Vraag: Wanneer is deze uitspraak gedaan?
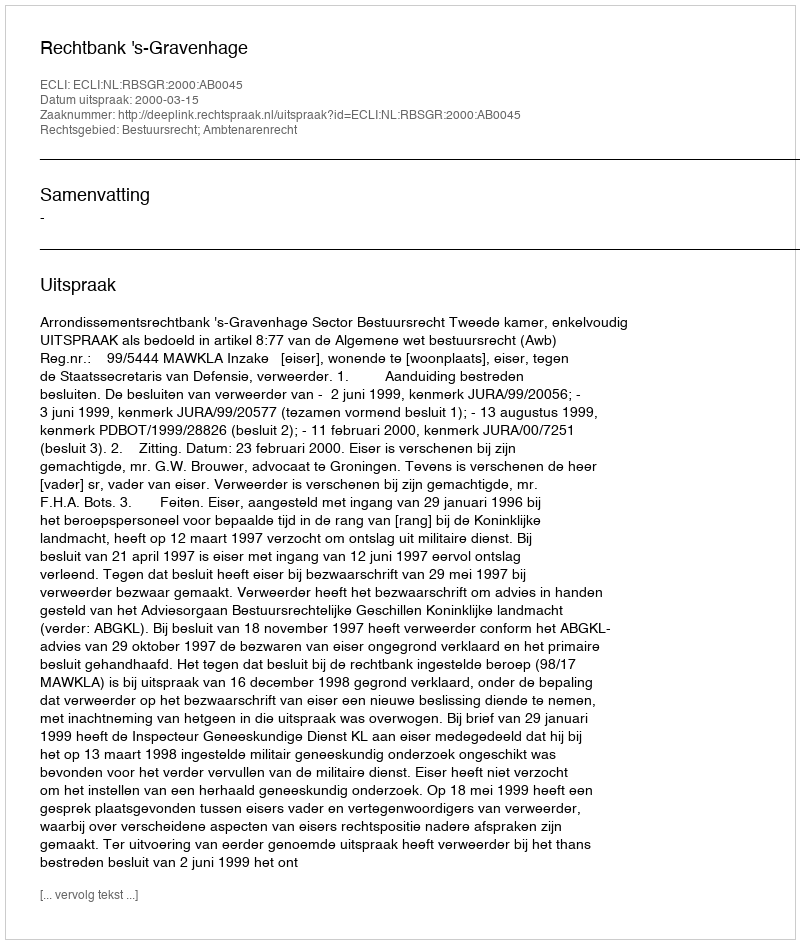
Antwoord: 2000-03-15